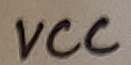
Text: VCC